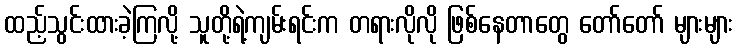
ထည့်သွင်းထားခဲ့ကြလို့ သူတို့ရဲ့ကျမ်းရင်းက တရားလိုလို ဖြစ်နေတာတွေ တော်တော် များများ